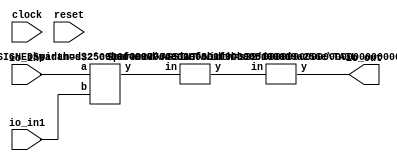
module FixedPointAdder(
    input clock,
    input reset,
    input [15:0] io_in0,
    input [15:0] io_in1,
    output [15:0] io_out
);
    wire [16:0] _T_5;
    ADD_SIGNED #(.width(16)) s_add_1 (
        .y(_T_5),
        .a(io_in0),
        .b(io_in1)
    );
    wire [15:0] _T_6;
    TAIL #(.width(17), .n(1)) tail_2 (
        .y(_T_6),
        .in(_T_5)
    );
    wire [15:0] _T_7;
    ASSINT #(.width(16)) assint_3 (
        .y(_T_7),
        .in(_T_6)
    );
    assign io_out = _T_7;
endmodule //FixedPointAdder
module ADD_SIGNED(y, a, b);
    parameter width = 4;
    output [width:0] y;
    input [width-1:0] a;
    input [width-1:0] b;
    assign y = $signed(a) + $signed(b);
endmodule // ADD_SIGNED
module TAIL(y, in);
    parameter width = 4;
    parameter n = 2;
    output [width-n-1:0] y;
    input [width-1:0] in;
    assign y = in[width-n-1:0];
endmodule // TAIL
module ASSINT(y, in);
    parameter width = 4;
    output [width-1:0] y;
    input [width-1:0] in;
    assign y = $signed(in);
endmodule // ASSINT